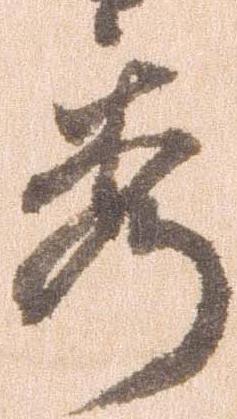
秀